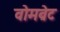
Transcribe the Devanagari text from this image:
वोमब्रेट